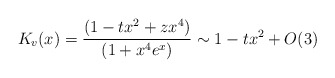
\begin{align*}K_{v}(x)=\frac{(1-tx^{2}+zx^{4})}{(1+x^{4}e^{x})}\sim 1-tx^{2}+O(3)\end{align*}